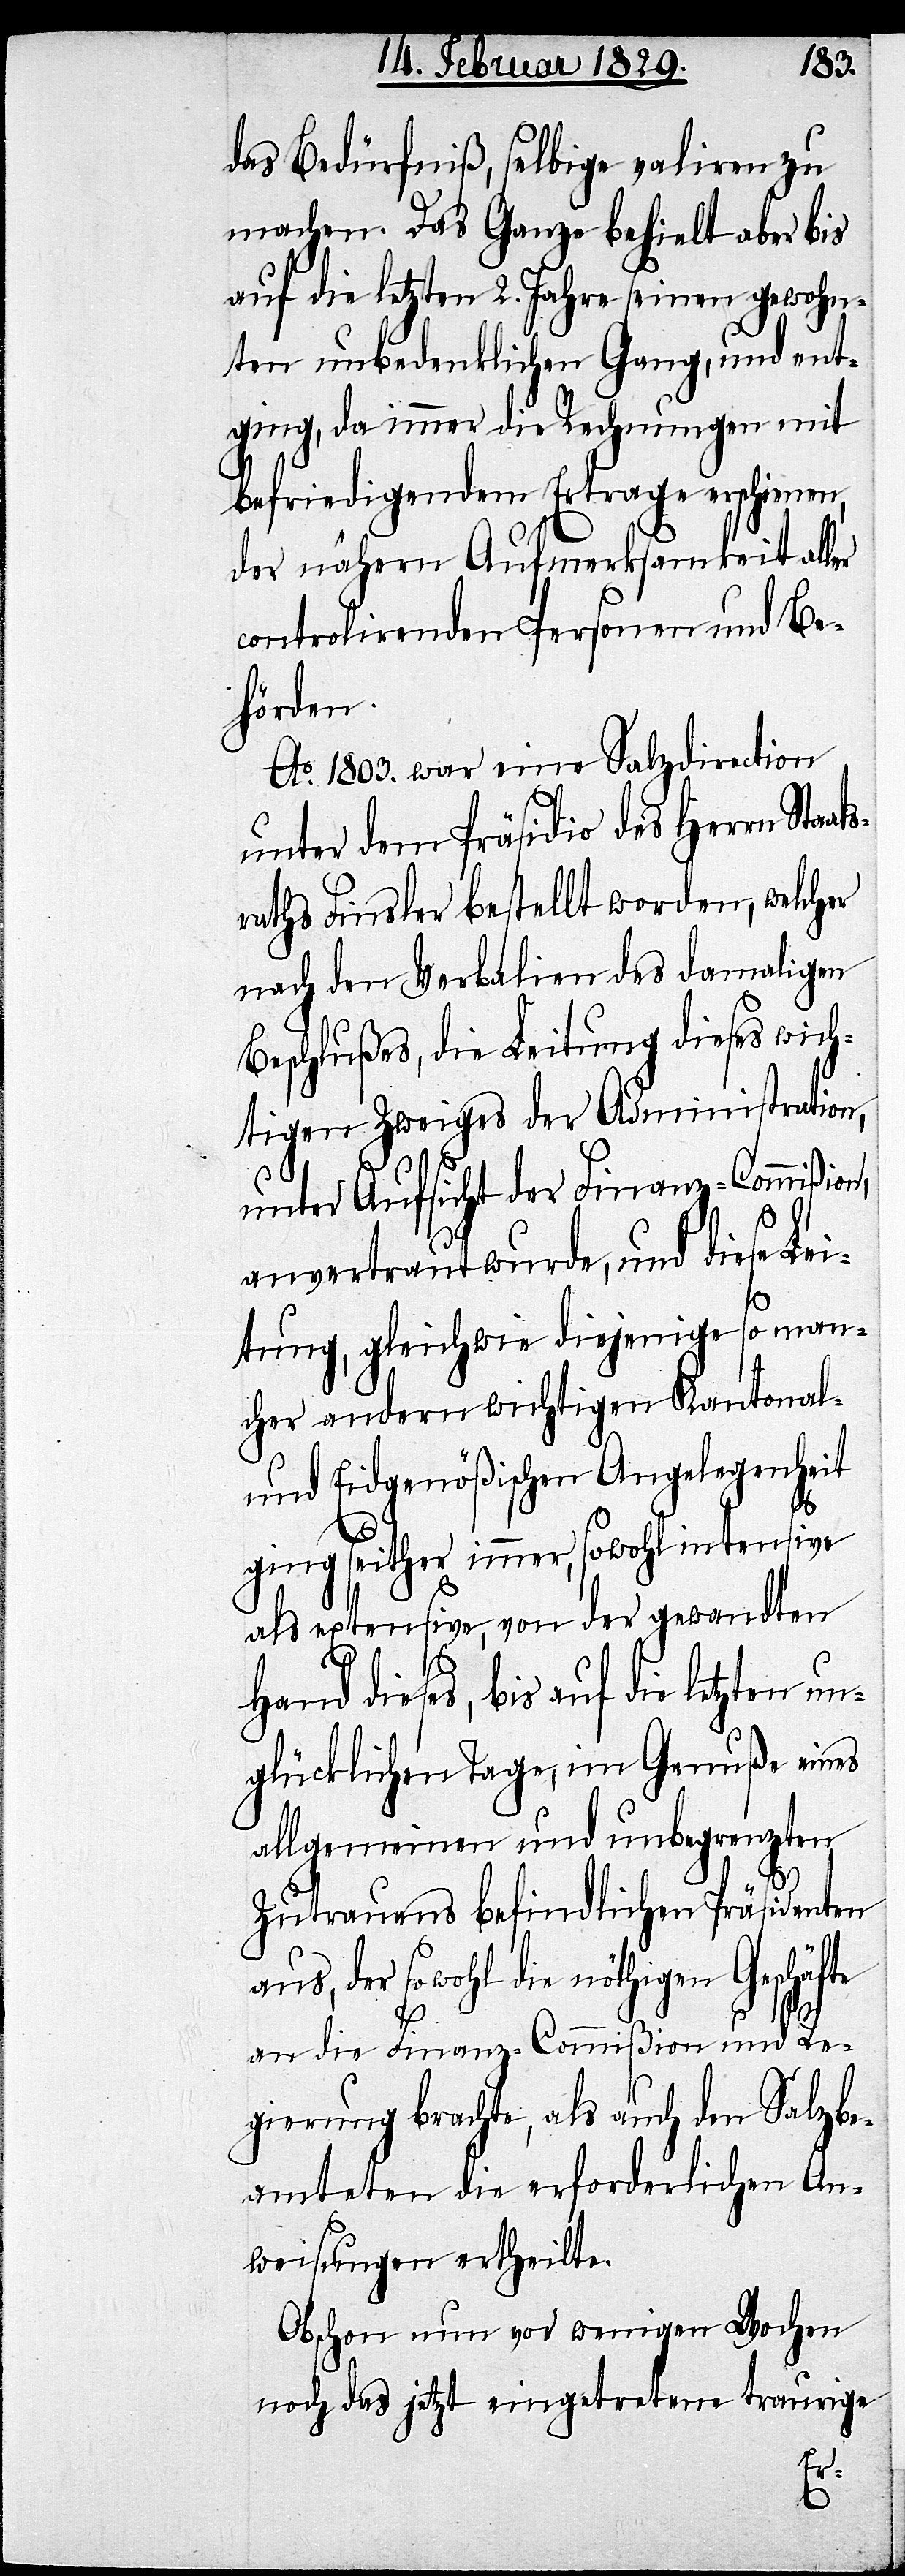
das Bedürfniß, selbige valiren zu
machen. Das Ganze behielt aber bis
auf die letzten 2. Jahre seinen gewohn¬
ten unbedenklichen Gang, und ent¬
ging, da immer die Rechnungen mit
befriedigendem Ertrag erschienen,
der nähern Aufmerksamkeit aller
controlirenden Personen und Be¬
hörden.
Ao. 1803. war eine Salzdirection
unter dem Präsidio des Herrn Staa¬
srath Finsler bestellt worden, welcher
nach den Verbalien des damaligen
Beschlußes, die Leitung dieses wich¬
tigen Zweiges der Administration,
unter Aufsicht der Finanz-Commißion,
anvertraut wurde, und diese Lei¬
tung, gleichwie diejenige so man¬
cher andern wichtigen Kantonal-
und Eidgenößischen Angelegenheit
fte
ging seither immer, sowohl intensive
als extensive, von der gewandten
Hand dieses, bis auf die letzten u¬
nglücklichen Tage, im Genuß eines
allgemeinen und unbegrenzten
Zutrauens befindlichen Präsidenten
aus, der sowohl die nöthigen Geschä¬
an die Finanz-Commißion und Re¬
gierung brachte, als auch den Salzbe¬
amteten die erforderlichen An¬
weisungen ertheilte.
Obschon nun vor wenigen Wochen
noch das jetzt eingetretene traurige